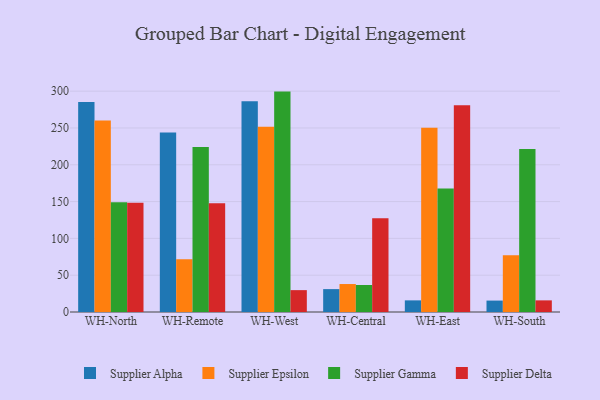
{"axis": {"x": "Warehouse", "y": "Demand Index"}, "legend": ["Supplier Alpha", "Supplier Delta", "Supplier Epsilon", "Supplier Gamma"], "data": [{"x": "WH-North", "y": 285.4, "type": "Supplier Alpha"}, {"x": "WH-North", "y": 260.1, "type": "Supplier Epsilon"}, {"x": "WH-North", "y": 149.0, "type": "Supplier Gamma"}, {"x": "WH-North", "y": 148.3, "type": "Supplier Delta"}, {"x": "WH-Remote", "y": 243.9, "type": "Supplier Alpha"}, {"x": "WH-Remote", "y": 71.8, "type": "Supplier Epsilon"}, {"x": "WH-Remote", "y": 224.3, "type": "Supplier Gamma"}, {"x": "WH-Remote", "y": 147.6, "type": "Supplier Delta"}, {"x": "WH-West", "y": 286.3, "type": "Supplier Alpha"}, {"x": "WH-West", "y": 251.6, "type": "Supplier Epsilon"}, {"x": "WH-West", "y": 299.4, "type": "Supplier Gamma"}, {"x": "WH-West", "y": 29.7, "type": "Supplier Delta"}, {"x": "WH-Central", "y": 31.1, "type": "Supplier Alpha"}, {"x": "WH-Central", "y": 38.0, "type": "Supplier Epsilon"}, {"x": "WH-Central", "y": 36.7, "type": "Supplier Gamma"}, {"x": "WH-Central", "y": 127.5, "type": "Supplier Delta"}, {"x": "WH-East", "y": 15.8, "type": "Supplier Alpha"}, {"x": "WH-East", "y": 250.4, "type": "Supplier Epsilon"}, {"x": "WH-East", "y": 167.7, "type": "Supplier Gamma"}, {"x": "WH-East", "y": 280.8, "type": "Supplier Delta"}, {"x": "WH-South", "y": 15.5, "type": "Supplier Alpha"}, {"x": "WH-South", "y": 77.2, "type": "Supplier Epsilon"}, {"x": "WH-South", "y": 221.3, "type": "Supplier Gamma"}, {"x": "WH-South", "y": 15.8, "type": "Supplier Delta"}]}